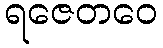
ရဇေတဝေ